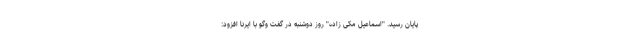
پایان رسید. "اسماعیل مکی زاده" روز دوشنبه در گفت وگو با ایرنا افزود: